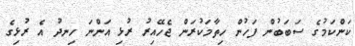
ކަންކަމުގެ ސަބަބުން ފަހުން ހިތާމަކުރަން ޖެހޭއިރު ރުޅި އަންނަ ހިނދު އެ ރުޅިގެ